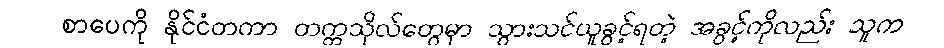
စာပေကို နိုင်ငံတကာ တက္ကသိုလ်တွေမှာ သွားသင်ယူခွင့်ရတဲ့ အခွင့်ကိုလည်း သူက